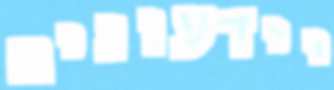
יידעונים